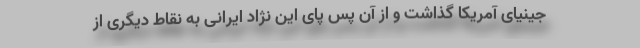
جینیای آمریکا گذاشت و از آن پس پای این نژاد ایرانی به نقاط دیگری از